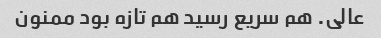
عالی. هم سریع رسید هم تازه بود ممنون